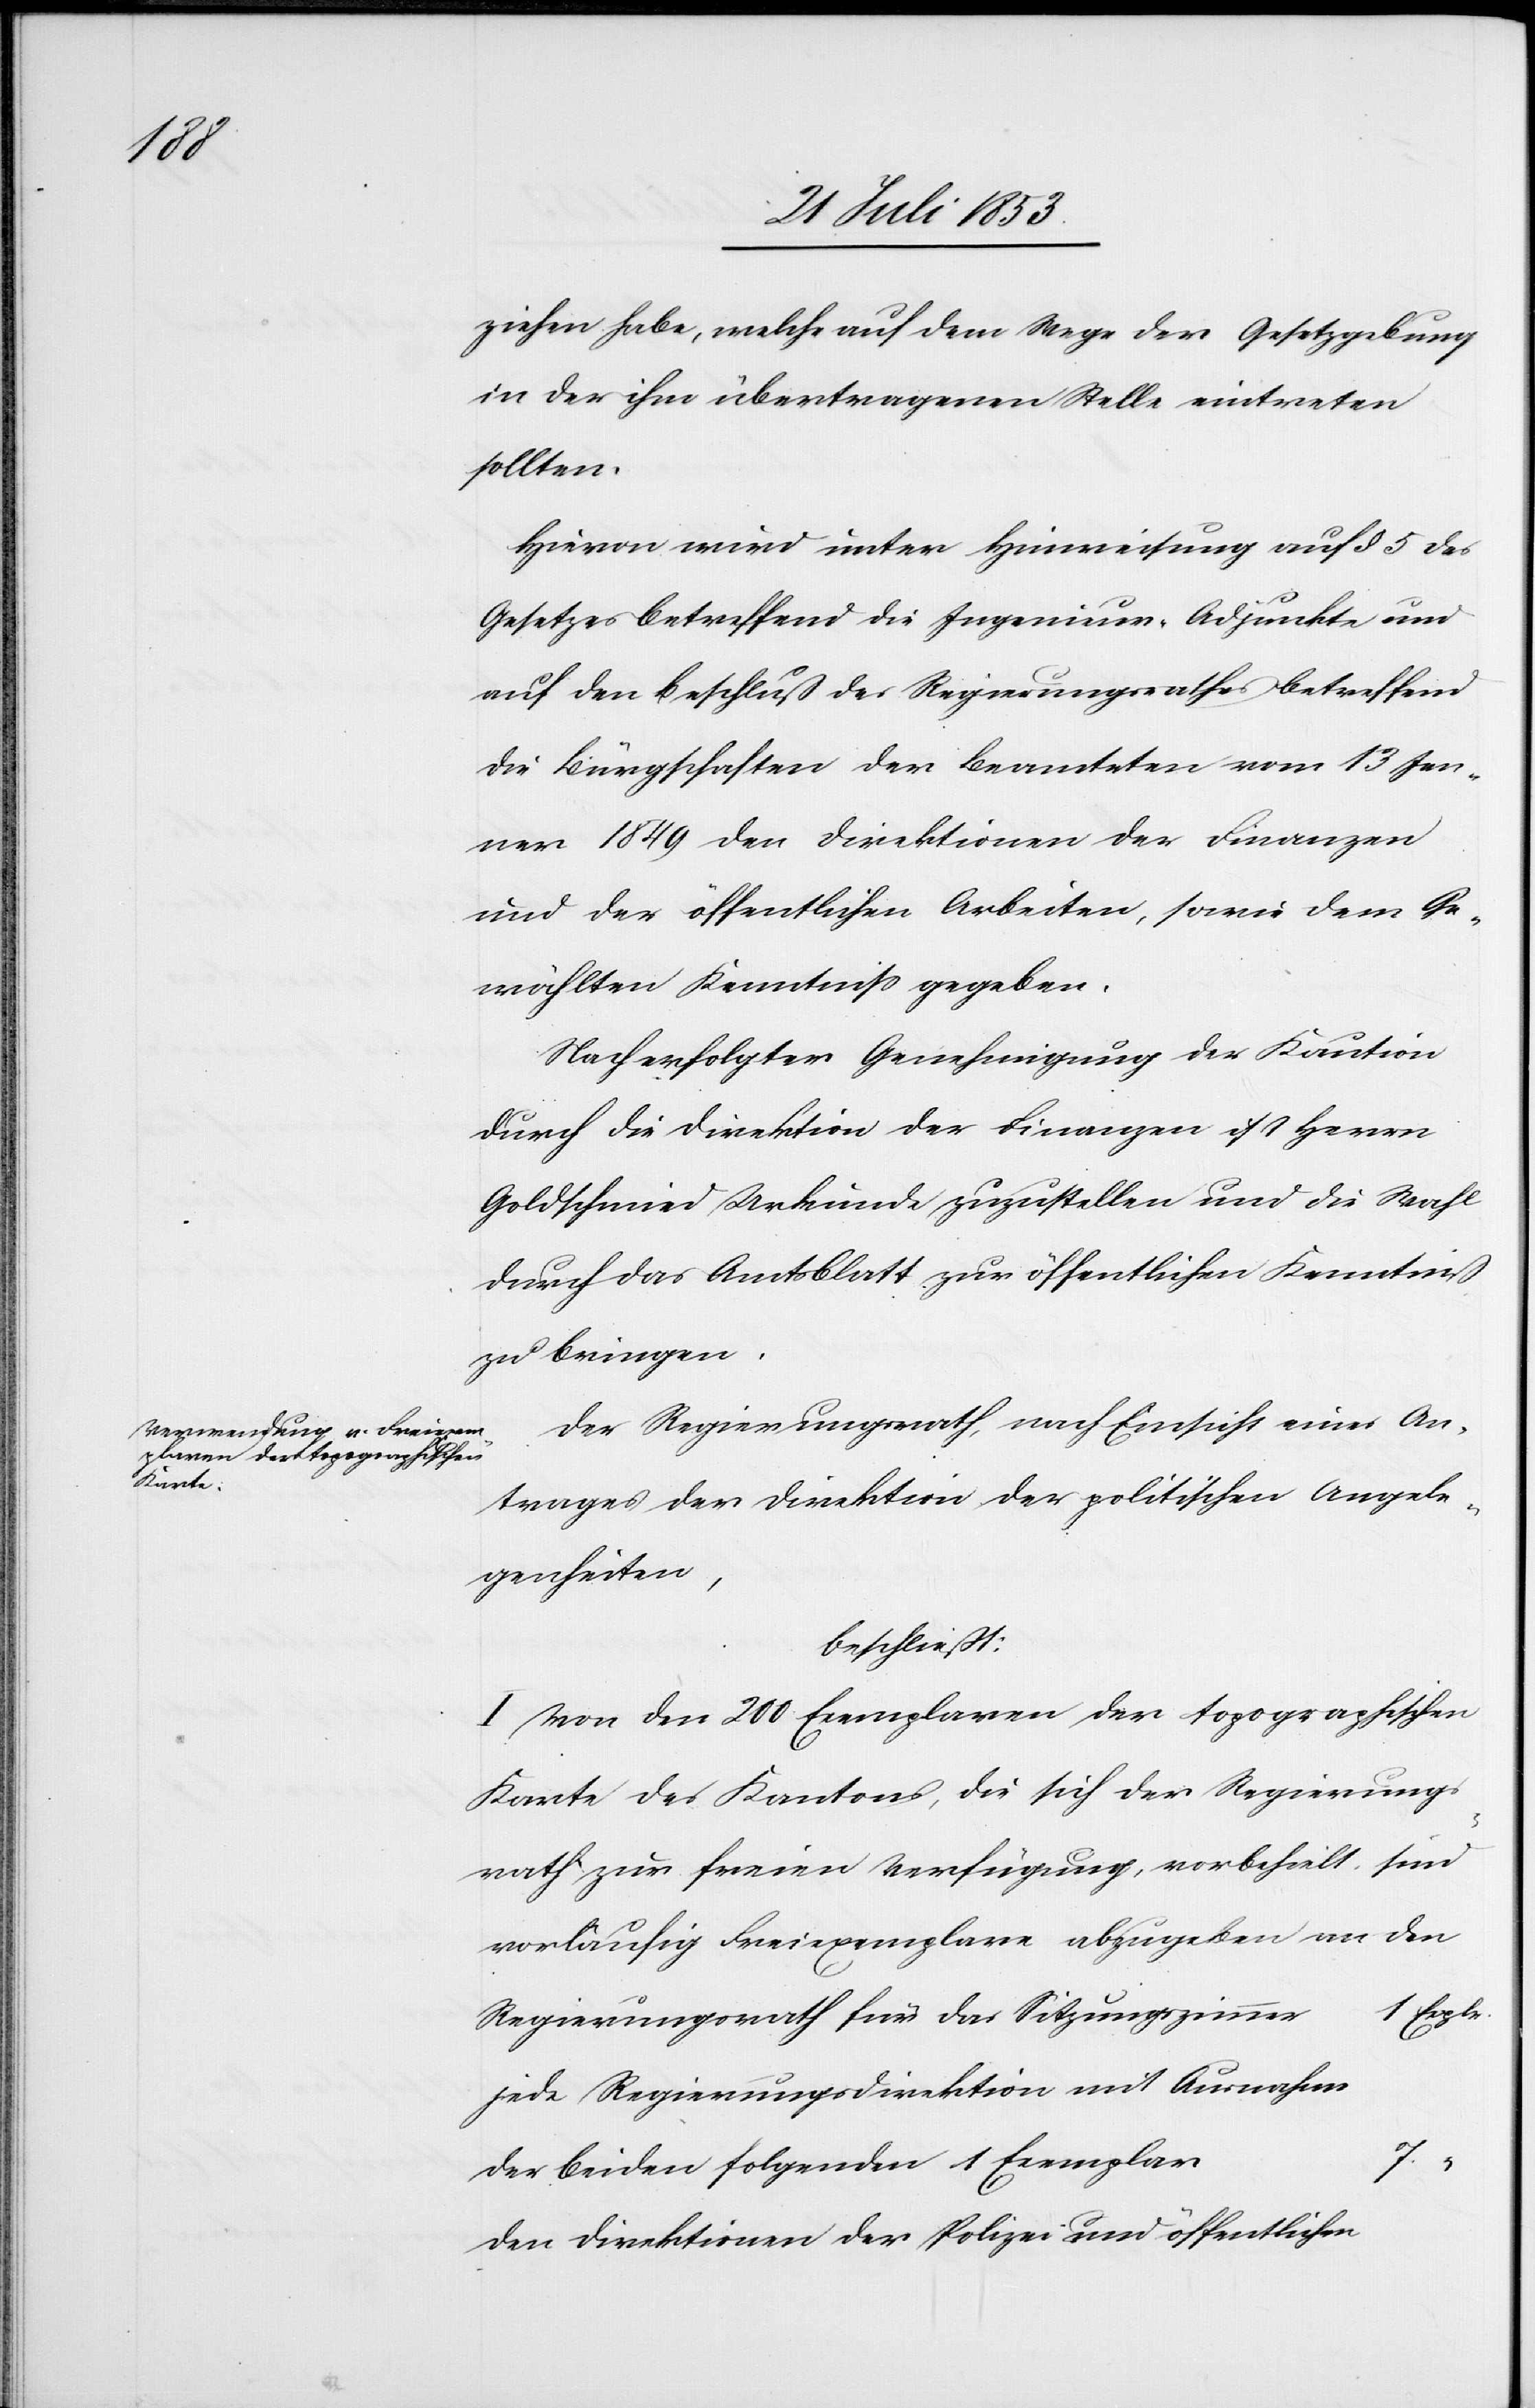
ziehen habe, welche auf dem Wege der Gesetzgebung
in der ihm übertragenen Stelle eintreten
sollten.
Hievon wird unter Hinweisung auf § 5 des
Gesetzes betreffend die Ingenieur-Adjunkte und
auf den Beschluß des Regierungsrathes betreffend
die Bürgschaften der Beamteten vom 13 Jen¬
ner 1849 den Direktionen der Finanzen
und der öffentlichen Arbeiten, sowie dem Ge¬
wählten Kenntniß gegeben.
Nach erfolgter Genehmigung der Kaution
durch die Direktion der Finanzen ist Herrn
Goldschmied Urkunde zuzustellen und die Wahl
durch das Amtsblatt zur öffentlichen Kenntniß
zu bringen.
Der Regierungsrath, nach Einsicht eines An¬
trages der Direktion der politischen Angele¬
genheiten,
beschließt:
I. Von den 200 Exemplaren der topographischen
Karte des Kantones, die sich der Regierungs¬
rath zur freien Verfügung vorbehält, sind
den
vorläufig Freiexemplare abzugeben an
Explr.
Regierungsrath für das Sitzungszimme¬
jede Regierungsdirektion mit Ausnahme
der beiden folgenden 1 Exemplar	7
den Direktionen der Polizei und öffentlichen